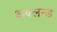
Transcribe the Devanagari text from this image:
अक्लन्ड